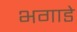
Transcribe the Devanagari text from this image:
भगाडे